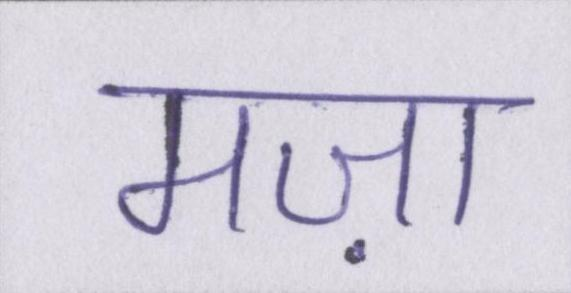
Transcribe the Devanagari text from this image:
मज़ा